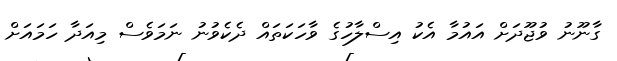
ގާނޫނު ވުޖޫދަށް އައުމާ އެކު އިސްލާހުގެ ވާހަކަތައް ދެކެވުނު ނަމަވެސް މިއަދާ ހަމައަށް